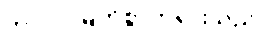
ဘဂဝါ၊ မြတ်စွာဘုရားသည်။